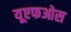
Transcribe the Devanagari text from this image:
यूएफओस